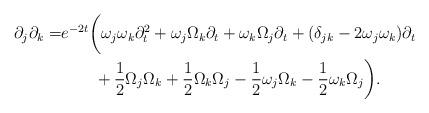
LaTeX: \begin{align*}\partial_{j}\partial_{k}= & e^{-2t}\bigg(\omega_{j}\omega_{k}\partial_{t}^{2}+\omega_{j}\Omega_{k}\partial_{t}+\omega_{k}\Omega_{j}\partial_{t}+(\delta_{jk}-2\omega_{j}\omega_{k})\partial_{t}\\ & \qquad+\frac{1}{2}\Omega_{j}\Omega_{k}+\frac{1}{2}\Omega_{k}\Omega_{j}-\frac{1}{2}\omega_{j}\Omega_{k}-\frac{1}{2}\omega_{k}\Omega_{j}\bigg).\end{align*}